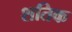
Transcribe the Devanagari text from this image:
शतिक